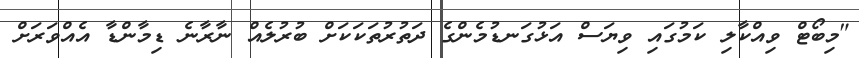
"މިބޯޓް ވިއްކާލި ކަމުގައި ވިޔަސް އަޅުގަނޑުމެންގެ ދަތުރުތަކަކަށް ބުރުލެއް ނާރާނެ ޑިމާންޑާ އެއްވަރަށް